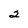
Character: 2